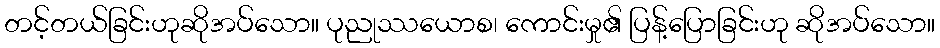
တင့်တယ်ခြင်းဟုဆိုအပ်သော။ ပုညုဿယောစ၊ ကောင်းမှု၏ ပြန့်ပြောခြင်းဟု ဆိုအပ်သော။